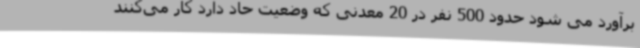
برآورد می شود حدود 500 نفر در 20 معدنی که وضعیت حاد دارد کار می‌کنند